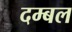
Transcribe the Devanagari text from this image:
दम्बल